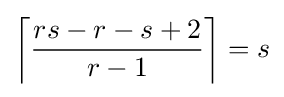
\left\lceil {\frac {rs-r-s+2}{r-1}}\right\rceil =s